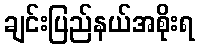
ချင်းပြည်နယ်အစိုးရ